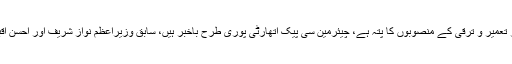
سینیٹرسراج الحق نے کہا کوئی تو ہے جسے پورے پاکستان کے جغرافیہ، مسائل، وسائل اور تعمیر و ترقی کے منصوبوں کا پتہ ہے، چیئرمین سی پیک اتھارٹی پوری طرح باخبر ہیں، سابق وزیراعظم نواز شریف اور احسن اقبال نے ہم سے وعدہ کیا تھا مالاکنڈ، دیر اور چترال کو بھی سی پیک میں شامل کیا جائے گا۔